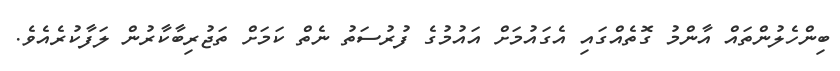
ބިންހެލުންތައް އާންމު ގޮތެއްގައި އެގައުމަށް އައުމުގެ ފުރުސަތު ނެތް ކަމަށް ތަޖުރިބާކާރުން ލަފާކުރެއެވެ.